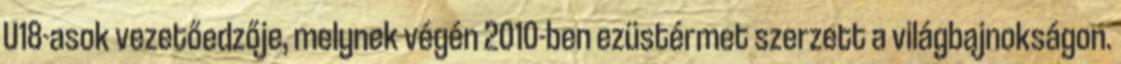
U18-asok vezetőedzője, melynek végén 2010-ben ezüstérmet szerzett a világbajnokságon.